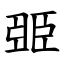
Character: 臦